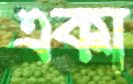
একা